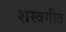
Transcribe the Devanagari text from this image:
शस्त्रगीत